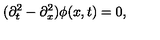
( \partial _ { t } ^ { 2 } - \partial _ { x } ^ { 2 } ) \phi ( x , t ) = 0 ,